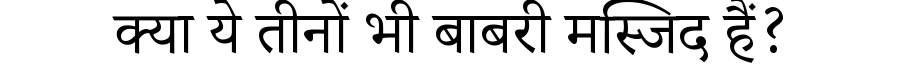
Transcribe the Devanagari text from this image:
क्या ये तीनों भी बाबरी मस्जिद हैं?